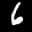
Label: 6